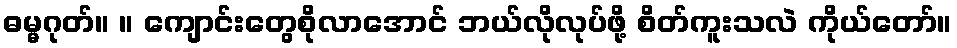
ဓမ္မဂုတ်။ ။ ကျောင်းတွေစိုလာအောင် ဘယ်လိုလုပ်ဖို့ စိတ်ကူးသလဲ ကိုယ်တော်။